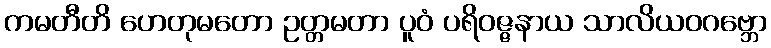
ကမတီတိ ဟေတုမတော ဥတ္တမတာ ပူဝံ ပရိဝဇ္ဇနာယ သာလိယဝဂဗ္ဘော